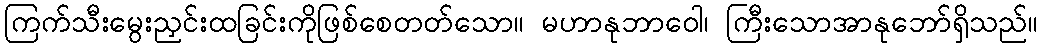
ကြက်သီးမွေးညှင်းထခြင်းကိုဖြစ်စေတတ်သော။ မဟာနုဘာဝေါ၊ ကြီးသောအာနုဘော်ရှိသည်။